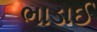
ભાડાઈ